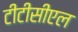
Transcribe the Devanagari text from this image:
टीटीसीएल